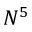
N ^ { 5 }